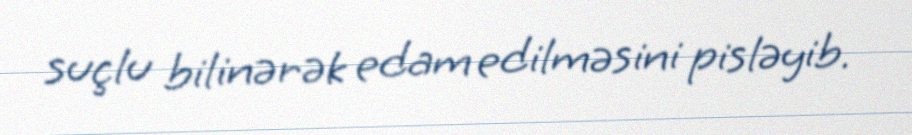
suçlu bilinərək edam edilməsini pisləyib.